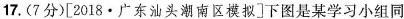
17.(7分)[2018·广东汕头潮南区模拟]下图是某学习小组同